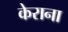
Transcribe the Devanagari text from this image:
केराना